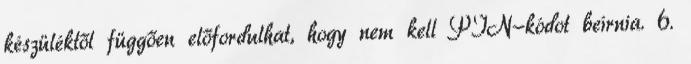
készüléktől függően előfordulhat, hogy nem kell PIN-kódot beírnia. 6.